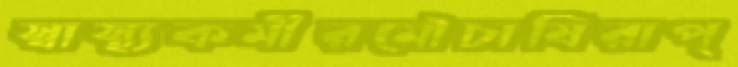
স্বাস্থ্যকর্মীরমৌচাষিরাপ্